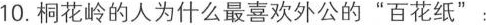
10.桐花岭的人为什么最喜欢外公的”百花纸”：